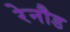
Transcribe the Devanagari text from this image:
रेनौड